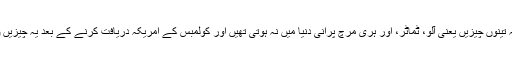
پھر میں نے ان پہ بات واضح کی کہ بھاءی یہ تینوں چیزیں یعنی آلو، ٹماٹر، اور ہری مرچ پرانی دنیا میں نہ ہوتی تھیں اور کولمبس کے امریکہ دریافت کرنے کے بعد یہ چیزیں نءی دنیا سے پرانی دنیا لے جاءی گءی ہیں۔